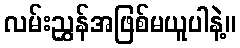
လမ်းညွှန်အဖြစ်မယူပါနဲ့။